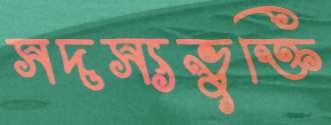
সদস্যভুক্তি